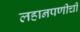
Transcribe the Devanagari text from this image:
लहानपणीची